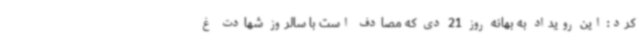
کرد: این رویداد به بهانه روز 21 دی که مصادف است با سالروز شهادت غ